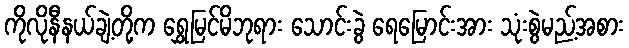
ကိုလိုနီနယ်ချဲ့တို့က ရွှေမြင်မိဘုရား သောင်းခွဲ ရေမြောင်းအား သုံးစွဲမည့်အစား